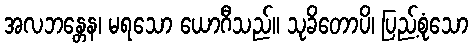
အလဘန္တေန၊ မရသော ယောဂီသည်။ သုခိတောပိ၊ ပြည့်စုံသော